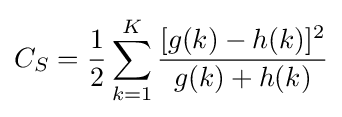
C_{S}={\frac {1}{2}}\sum _{k=1}^{K}{\frac {[g(k)-h(k)]^{2}}{g(k)+h(k)}}